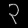
Digit: ၃